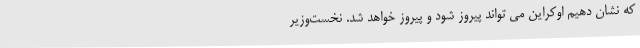
که نشان دهیم اوکراین می تواند پیروز شود و پیروز خواهد شد. نخست‌وزیر